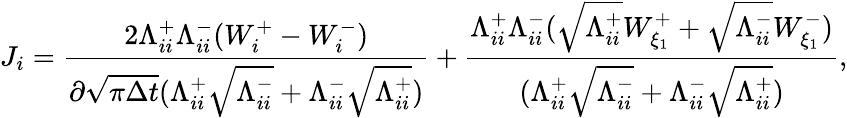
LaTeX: J_{i}=\frac{2\Lambda_{ii}^{+}\Lambda_{ii}^{-}(W_{i}^{+}-W_{i}^{-})}{\partial\sqrt{\pi\Delta t}(\Lambda_{ii}^{+}\sqrt{\Lambda_{ii}^{-}}+\Lambda_{ii}^{-}\sqrt{\Lambda_{ii}^{+}})}+\frac{\Lambda_{ii}^{+}\Lambda_{ii}^{-}(\sqrt{\Lambda_{ii}^{+}}W_{\xi_{1}}^{+}+\sqrt{\Lambda_{ii}^{-}}W_{\xi_{1}}^{-})}{(\Lambda_{ii}^{+}\sqrt{\Lambda_{ii}^{-}}+\Lambda_{ii}^{-}\sqrt{\Lambda_{ii}^{+}})},